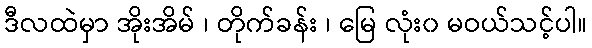
ဒီလထဲမှာ အိုးအိမ် ၊ တိုက်ခန်း ၊ မြေ လုံး၀ မဝယ်သင့်ပါ။